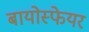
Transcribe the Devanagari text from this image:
बायोस्फेयर